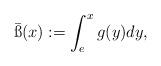
LaTeX: \begin{align*}\bar{\ss}(x):=\int_e^x g(y)dy,\end{align*}